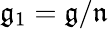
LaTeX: {\mathfrak{g}}_{1}={\mathfrak{g}}/{\mathfrak{n}}